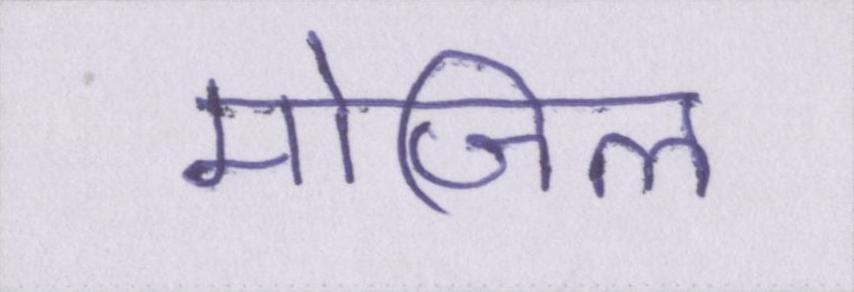
मोजिला